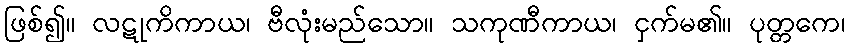
ဖြစ်၍။ လဋုကိကာယ၊ ဗီလုံးမည်သော။ သကုဏီကာယ၊ ငှက်မ၏။ ပုတ္တကေ၊